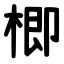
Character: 楖